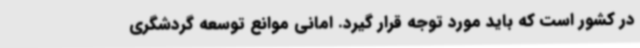
در کشور است که باید مورد توجه قرار گیرد. امانی موانع توسعه گردشگری